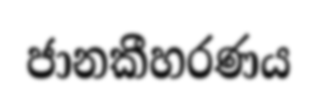
ජානකීහරණය